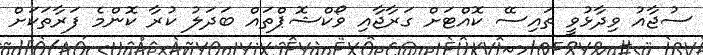
ސުޖާއު ވިދާޅުވީ ތައިސޭ ކޮއްޓަށް ގަރާޖާއި ވޯކްޝޮޕްތައް ބަދަލު ކުރާ ކޮންމެ ފަރާތަކަށް